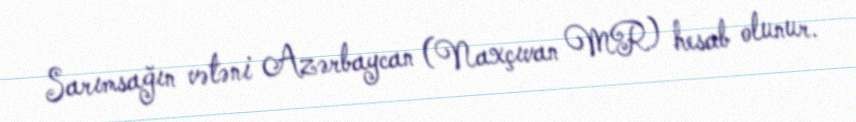
Sarımsağın vətəni Azərbaycan (Naxçıvan MR) hesab olunur.